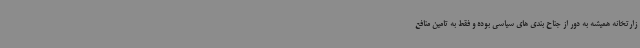
زارتخانه همیشه به دور از جناح بندی های سیاسی بوده و فقط به تامین منافع